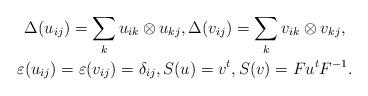
LaTeX: \begin{gather*}\Delta(u_{ij}) = \sum_k u_{ik} \otimes u_{kj}, \Delta(v_{ij}) = \sum_k v_{ik} \otimes v_{kj}, \\\varepsilon (u_{ij}) = \varepsilon (v_{ij}) = \delta_{ij}, S(u) = {v^t}, S(v) = F { u^t} F^{-1}.\end{gather*}